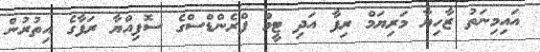
އައިމިނަތު ޒާހިޔާ މަރިޔަމް ރިފާ އަދި ޓީމް ފްރެންޑްސްގެ ސޮފިއްޔާ ރަފާގެ އިތުރުން